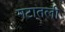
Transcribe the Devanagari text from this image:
गटातली